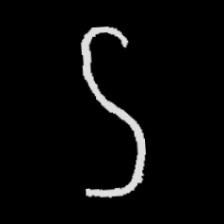
Pyu character \u2014 Myanmar letter: ဌ (romanized: ttha)